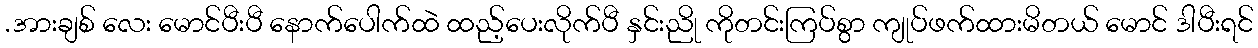
.အားချစ် လေး မောင်ပီးပီ နောက်ပေါက်ထဲ ထည့်ပေးလိုက်ပီ နှင်းညို ကိုတင်းကြပ်စွာ ကျုပ်ဖက်ထားမိတယ် မောင် ဒါပီးရင်